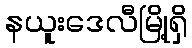
နယူးဒေလီမြို့ရှိ